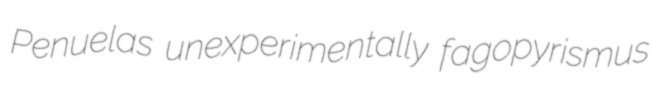
Penuelas unexperimentally fagopyrismus